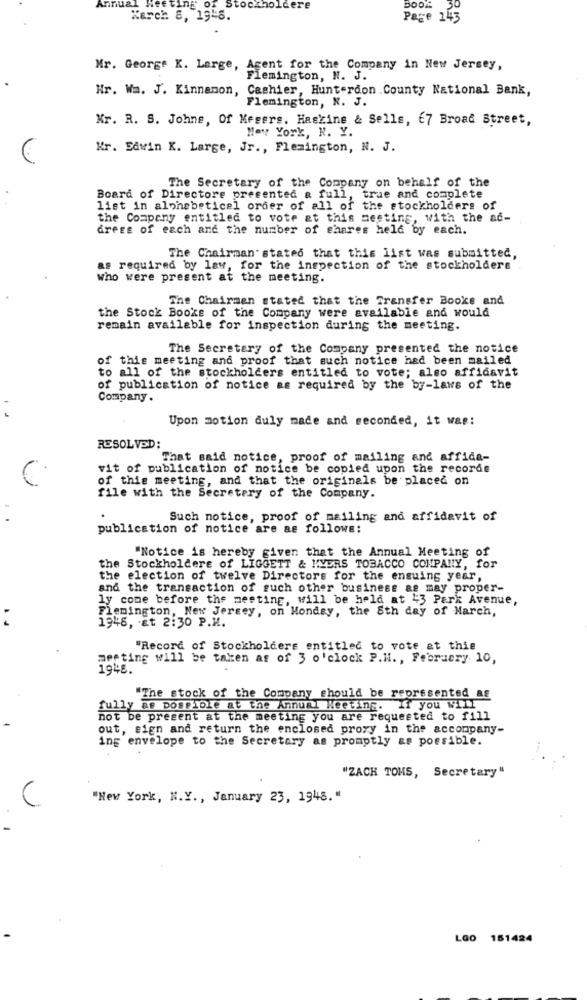
Annual Net
DE,
Stockholdere
Book
Karch 8, 19-6.
Page 145
Mr. George K. Large, Agent for the Company in New Jersey,
Flemington, N. J.
Hr. Wa. J. Kinnamon, Cashier, Hunterdon . County National Bank,
Flemington, N. J.
Mr. R. S. Johne, Of Mesers. Hackine & Sells, 67 Broad Street,
Mey York, N. Y.
Kr. Edwin K. Large, Jr ., Flemington, N. J.
The Secretary of the Company on behalf of the
Board of Directore presented & full, true and complete
list in alphabetical order of all of the stockholders of
the Company entitled to vote at this meeting, with the ad-
Gress of each and the number of shares held by each.
The Chairman' stated that this list was submitted,
as required by law, for the inspection of the stockholders
Who were present at the meeting.
The Chairman stated that the Transfer Books and
the Stock Books of the Company were available and would
remain available for inspection during the meeting.
The Secretary of the Company presented the notice
of this meeting and proof that such notice had been mailed
to all of the stockholders entitled to vote; also affidavit
of publication of notice as required by the by-laws of the
Company .
Upon motion duly made and seconded, it was:
RESOLVED:
That said notice, proof of mailing and affida-
vit of publication of notice be copied upon the records
of this meeting, and that the originals be placed on
file with the Secretary of the Company.
1
Such notice, proof of mailing and affidavit of
publication of notice are as follows:
"Notice is hereby given that the Annual Meeting of
the Stockholders of LIGGETT & MYERS TOBACCO COMPANY, for
the election of twelve Directors for the ensuing year,
and the transaction of such other business as may proper-
ly come before the meeting, will be held at $3 Park Avenue,
Flemington, New Jersey, on Monday, the 8th day of March,
..
1948, at 2:30 P.M.
"Record of Stockholders entitled to vote at this
meeting will be taken as of 3 o'clock P.H. , February 10,
1948
"The stock of the Company should be represented &E
fully as possible at the Annual Meeting. If you will
not be present at the meeting you are requested to fill
out, sign and return the enclosed proxy in the accompany-
ing envelope to the Secretary as promptly as possible.
"ZACH TOMS, Secretary"
C
"New York, N.Y ., January 23, 1948."
LGo 151424